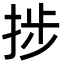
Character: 捗